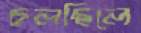
চলছিলে